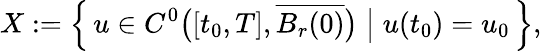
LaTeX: X:=\left\{ \, u\in C^{0}\big([t_{0},T],\overline{{B_{r}(0)}}\big)\; \big\vert\; u(t_{0})=u_{0}\, \right\} ,